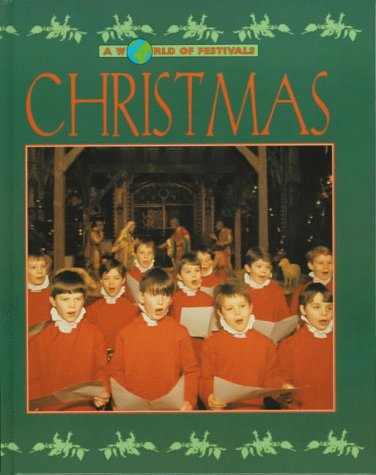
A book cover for Christmas (A World of Festivals); Catherine Chambers; Children's Books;